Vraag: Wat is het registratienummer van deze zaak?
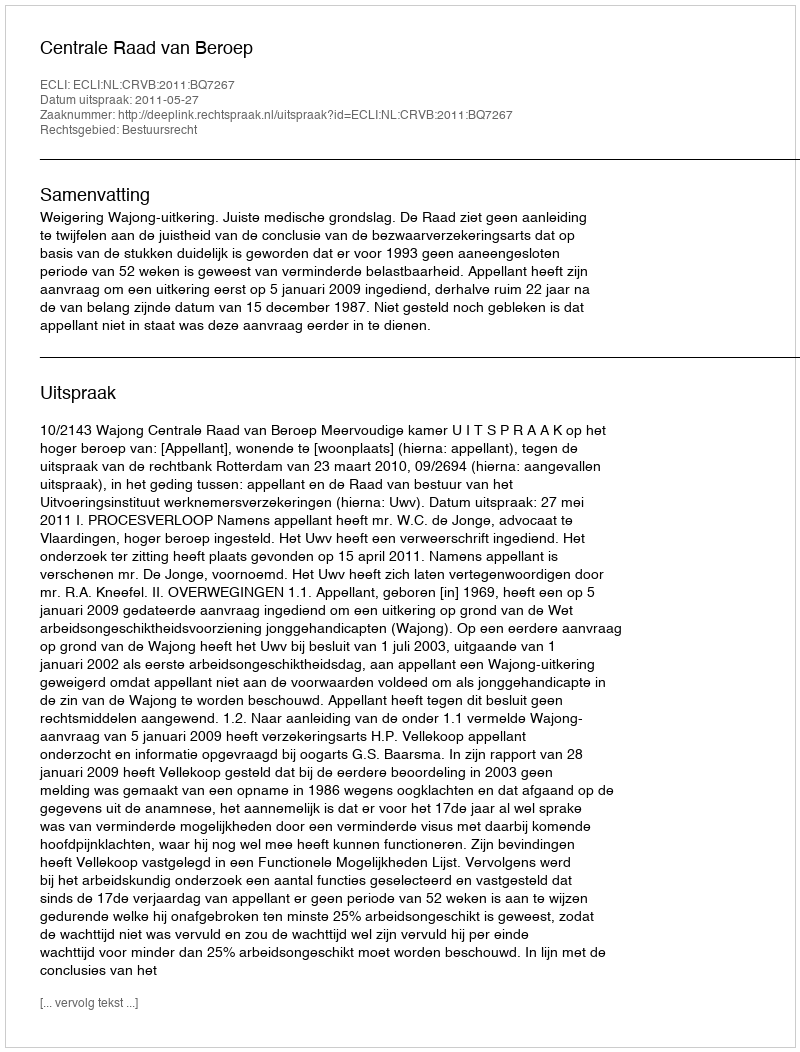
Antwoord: http://deeplink.rechtspraak.nl/uitspraak?id=ECLI:NL:CRVB:2011:BQ7267